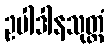
ဥပါဒါနသုတ္တံ